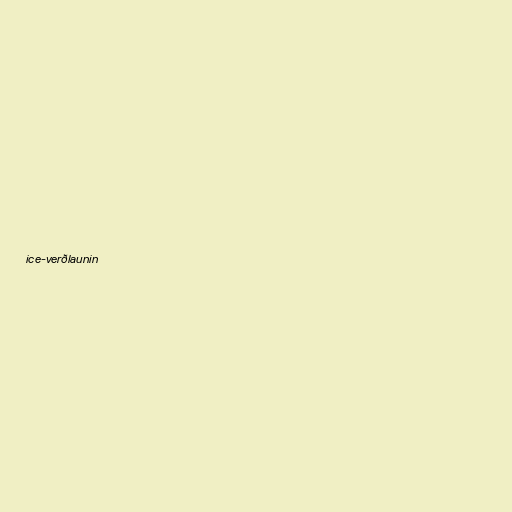
ice-verðlaunin